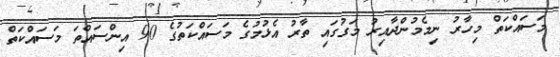
މަސައްކަތް މިހާރު ނިމެމުންދާއިރު މަގުގައި ތާރު އެޅުމުގެ މަސައްކަތުގެ 90 އިންސައްތަ މަސައްކަތް